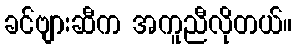
ခင်ဗျားဆီက အကူညီလိုတယ်။